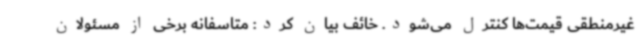
غیرمنطقی قیمت‌ها کنترل می‌شود. خائف بیان کرد: متاسفانه برخی از مسئولان